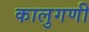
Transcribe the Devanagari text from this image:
कालुगणी